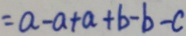
= a - a + a + b - b - c